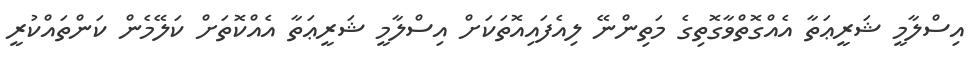
އިސްލާމީ ޝަރީޢަތާ އެއްގޮތްވާގޮތިގެ މަތިންނޭ ލިއެފައިއޮތަކަށް އިސްލާމީ ޝަރީޢަތާ އެއްކޮތަށް ކަލޭމެން ކަންތައްކުރީ